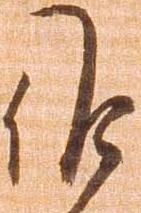
候